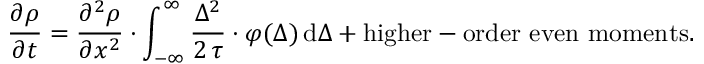
{ \frac { \partial \rho } { \partial t } } = { \frac { \partial ^ { 2 } \rho } { \partial x ^ { 2 } } } \cdot \int _ { - \infty } ^ { \infty } { \frac { \Delta ^ { 2 } } { 2 \, \tau } } \cdot \varphi ( \Delta ) \, \mathrm { d } \Delta + { \mathrm { h i g h e r - o r d e r ~ e v e n ~ m o m e n t s . } }